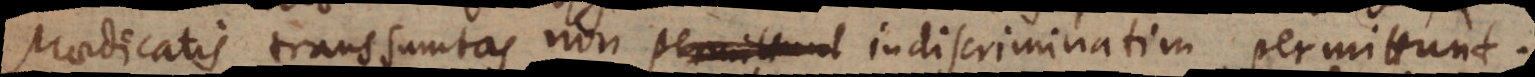
praedicatis transsumtas non permittunt indiscriminatim permittunt.